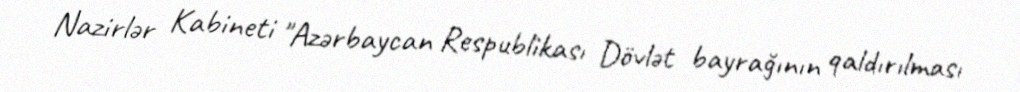
Nazirlər Kabineti "Azərbaycan Respublikası Dövlət bayrağının qaldırılması